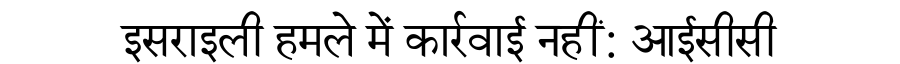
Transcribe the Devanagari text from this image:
इसराइली हमले में कार्रवाई नहीं: आईसीसी